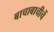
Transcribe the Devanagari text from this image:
बाचाबाचीचें